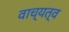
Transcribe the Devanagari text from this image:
वाच्यत्व